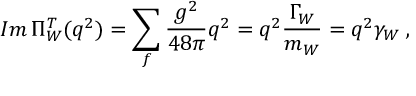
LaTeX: I m \, \Pi _ { W } ^ { T } ( q ^ { 2 } ) = \sum _ { f } { \frac { g ^ { 2 } } { 4 8 \pi } } q ^ { 2 } = q ^ { 2 } { \frac { \Gamma _ { W } } { m _ { W } } } = q ^ { 2 } \gamma _ { W } \; ,